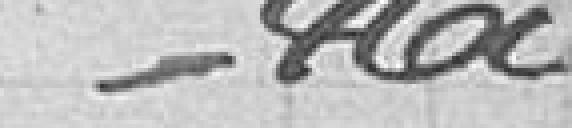
460